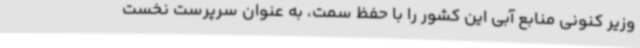
وزیر کنونی منابع آبی این کشور را با حفظ سمت، به عنوان سرپرست نخست